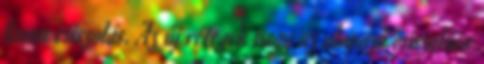
finom csiszolás. Az új rétegek vagy az alapozó csiszolása